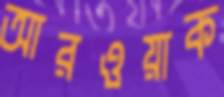
আরওয়াক